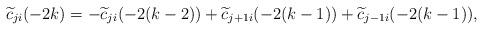
LaTeX: \begin{align*}\widetilde{c}_{ji}(-2k)=-\widetilde{c}_{ji}(-2(k-2))+\widetilde{c}_{j+1i}(-2(k-1))+\widetilde{c}_{j-1i}(-2(k-1)), \end{align*}